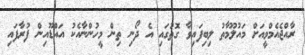
ރާއްޖެއެމްވީއަށް މައުލޫމާތު ލިބިފައިވާ ގޮތުގައި އެ ދޯނި ތިން މީހުންނާއެކު އައްޑޫއިން ފުރާފައި